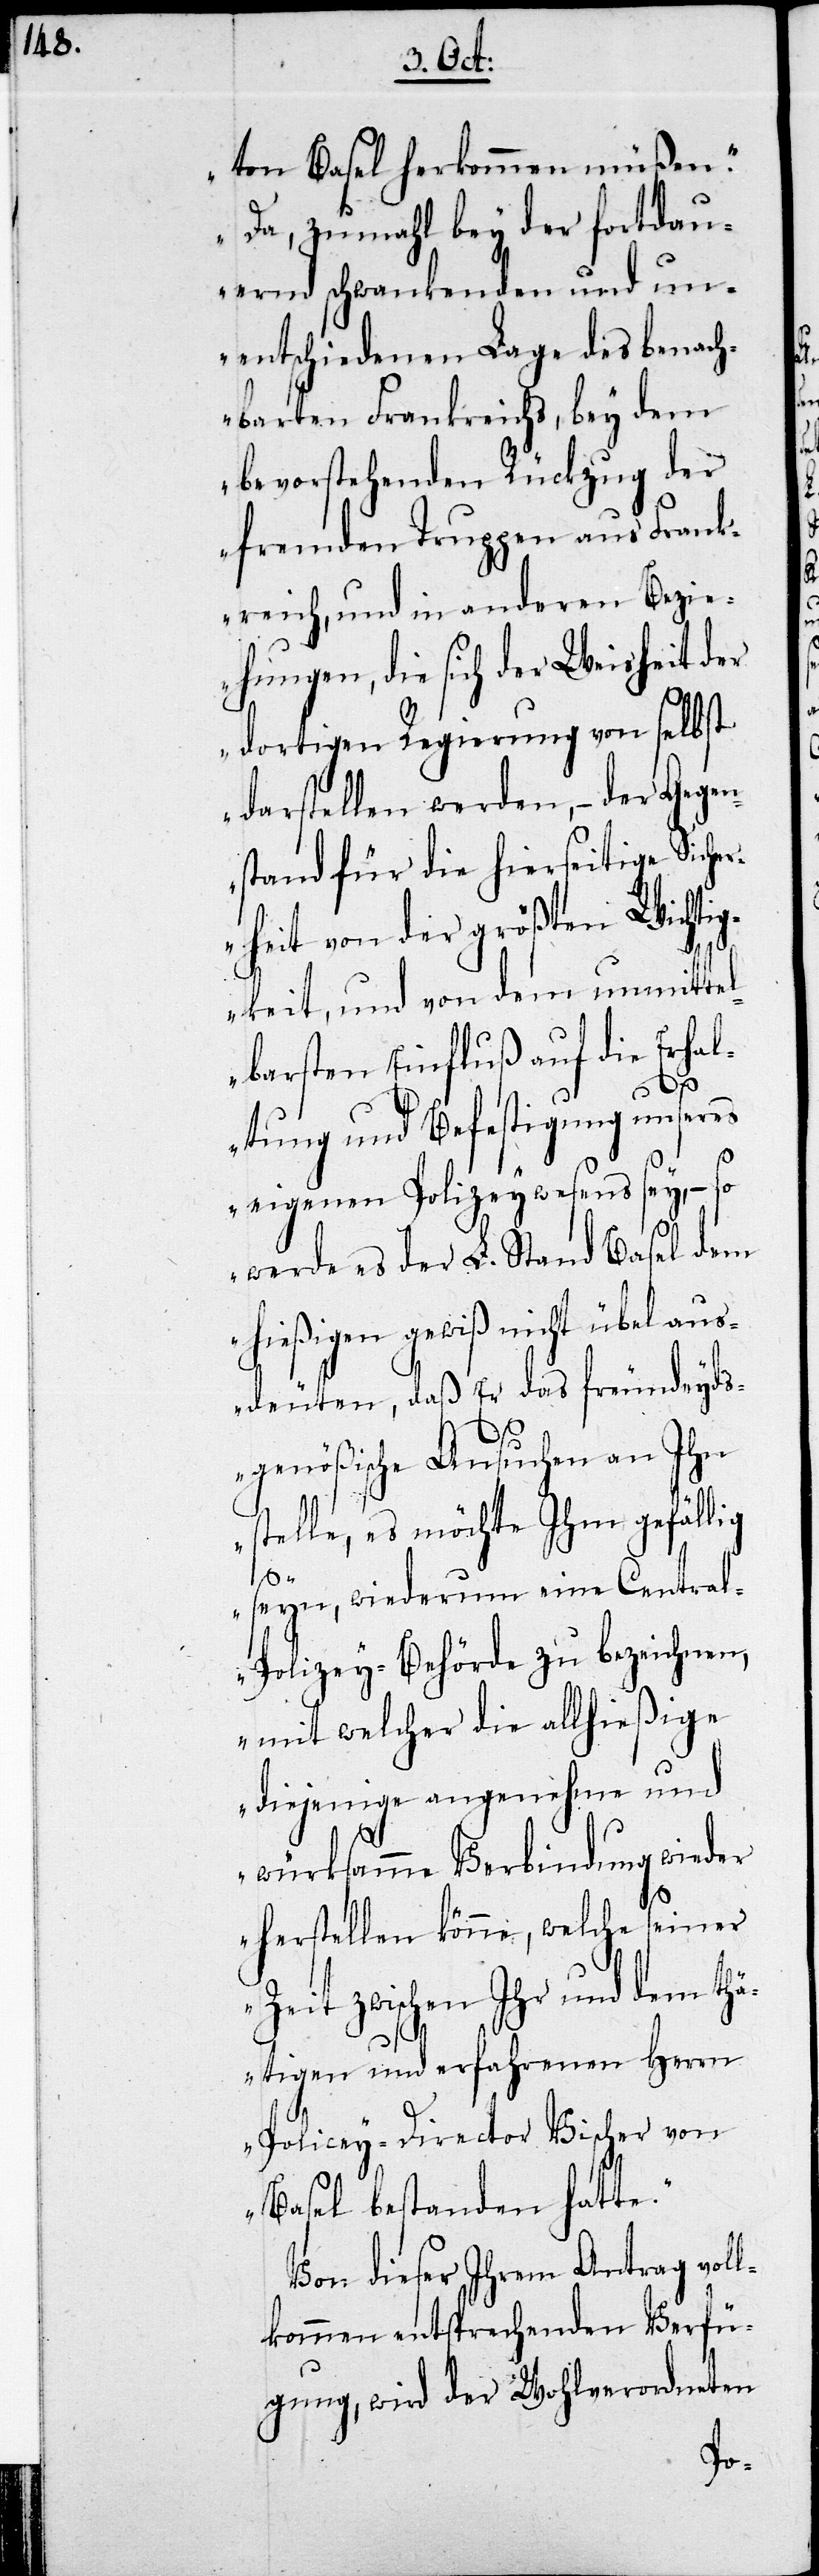
ton Basel herkommen müßen.
Da, zumahl bey der fortdau¬
ernden schwankenden und un¬
entschiedenen Lage des benach¬
barten Frankreich, bey dem
bevorstehenden Rückzug der
fremden Truppen aus Frank¬
reich, und in anderen Bezie¬
hungen, die sich der Weisheit der
dortigen Regierung von selbst
darstellen werden, – der Gegen¬
stand für die hierseitige Siche¬
rheit von der größten Wichtig¬
keit, und von dem unmittel¬
barsten Einfluß auf die Erhal¬
tung und Befestigung unseres
eigenen Polizeywesens sey, – so
werde es der L. Stand Basel dem
hießigen gewiß nicht übel aus¬
deuten, daß Er das freundeyds¬
genößische Ansuchen an Ihn
stelle, es möchte Ihm gefällig
seyn, wiederum eine Centra¬
l-Polizey-Behörde zu bezeichnen,
mit welcher die allhießige
diejenige angenehme und
würksamme Verbindung wieder
herstellen könne, welche seiner
Zeit zwischen Ihr und dem thä¬
tigen und erfahrenen Herrn
Policey-Director Vischer von
Basel bestanden hatte.“
Von dieser Ihrem Antrag voll¬
kommen entsprechenden Verfü¬
gung, wird der Wohlverordneten